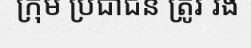
ក្រុម ប្រជាជន ត្រូវ រង